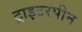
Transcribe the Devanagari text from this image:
ट्राइटरपीन